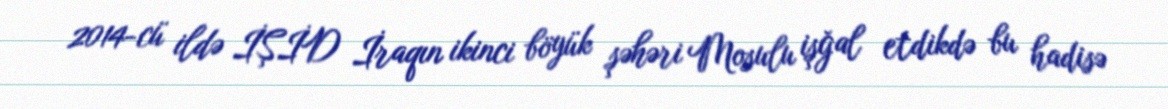
2014-cü ildə İŞİD İraqın ikinci böyük şəhəri Mosulu işğal etdikdə bu hadisə